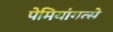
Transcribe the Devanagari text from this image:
पेमियांगत्से